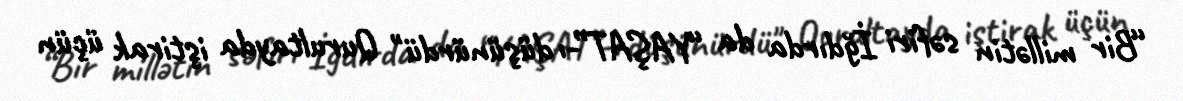
“Bir millətin səfiri İğdırda da “YAŞAT”-ı düşünürdü" Qurultayda iştirak üçün